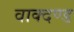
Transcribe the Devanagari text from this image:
वाक्दण्ड